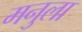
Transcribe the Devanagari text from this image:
मनुला